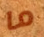
ما